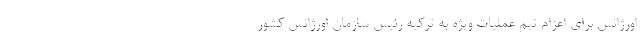
اورژانس برای اعزام تیم عملیات ویژه به ترکیه رئیس سازمان اورژانس کشور